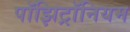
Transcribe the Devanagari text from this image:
पॉझिट्रॉनियम